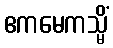
ဧကမေကသ္မိံ